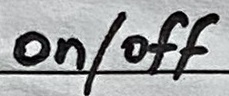
Text: on/off